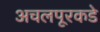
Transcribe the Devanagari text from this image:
अचलपूरकडे